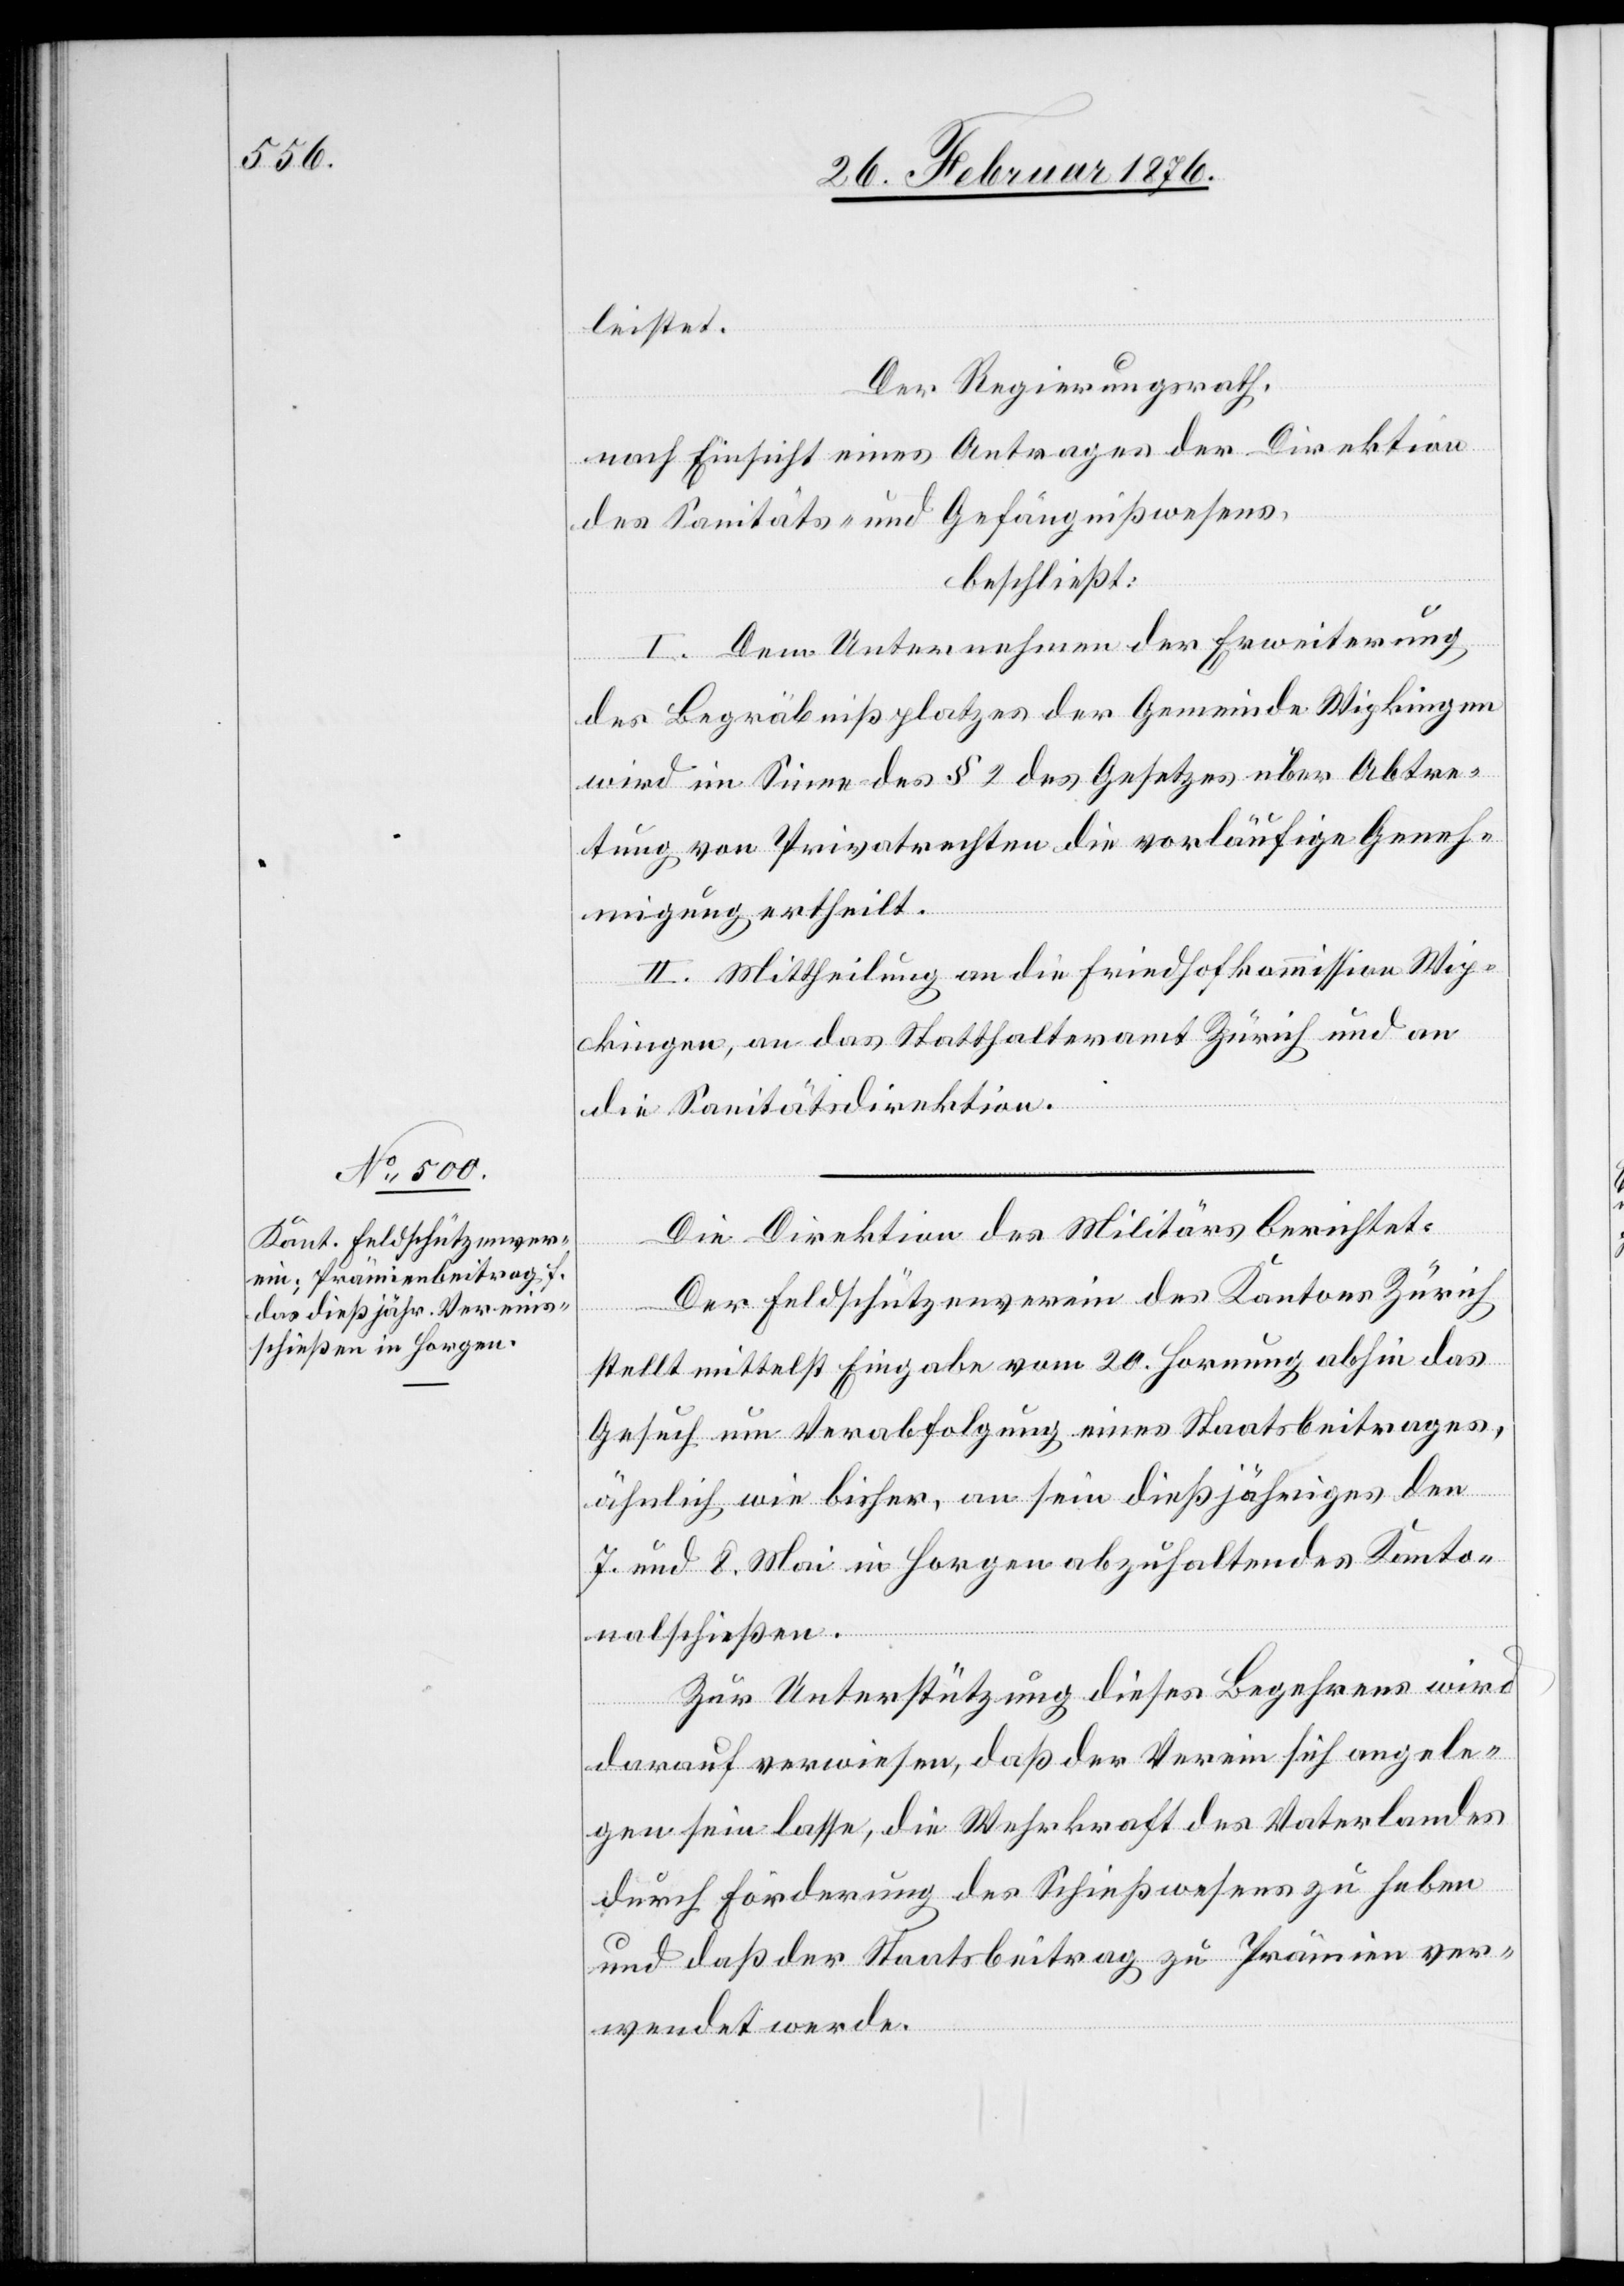
leistet.
Der Regierungsrath,
nach Einsicht eines Antrages der Direktion
des Sanitäts- und Gefängniswesens,
beschließt:
I. Dem Unternehmen der Erweiterung
des Begräbnißplatzes der Gemeinde Wipkingen
wird im Sinne des § 2 des Gesetzes über Abtre¬
tung von Privatrechten die vorläufige Geneh¬
migung ertheilt.
II. Mittheilung an die Friedhofkommission Wip¬
kingen, an das Statthalteramt Zürich und an
die Sanitätsdirektion.
Die Direktion des Militärs berichtet:
Der Feldschützenverein des Kantons Zürich
stellt mittelst Eingabe vom 20. Hornung abhin das
Gesuch um Verabfolgung eines Staatsbeitrages,
ähnlich wie bisher, an sein dießjähriges den
7. und 8. Mai in Horgen anzuhaltendes Kanto¬
nalschießen.
Zur Unterstützung dieses Begehrens wird
darauf verwiesen, daß der Verein sich angele¬
gen sein lasse, die Wehrkraft des Vaterlandes
durch Förderung des Schießwesens zu heben
und daß der Staatsbeitrag zu Prämien ver¬
wendet werde.